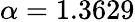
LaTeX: \alpha=1.3629